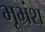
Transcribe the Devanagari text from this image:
भूभ्रंश